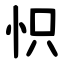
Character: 怾